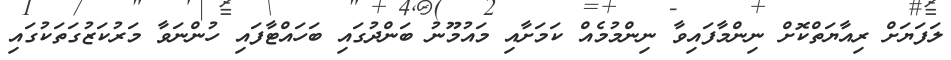
ލަފަޔަށް ރިއާޔަތްކޮށް ނިންމާފައިވާ ނިންމުމެއް ކަމަށާއި މައުމޫނު ބަންދުގައި ބަހައްޓާފައި ހުންނަވާ މަރުކަޒުގަތަކުގައި